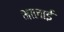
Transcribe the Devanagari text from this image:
भालाई